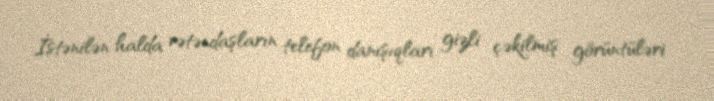
İstənilən halda vətəndaşların telefon danışıqları, gizli çəkilmiş görüntüləri